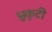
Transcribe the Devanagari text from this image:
भ्रुकुटी